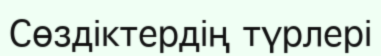
Сөздіктердің түрлері